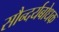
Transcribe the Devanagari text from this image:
सौन्दर्यबोधक